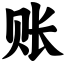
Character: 账